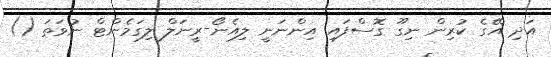
އަދި އޭގެ ކުރިން ނިގޫ ގޮސްފައި އިންނަނީ ލިއެނޯ-ރީނަލް ލިގަމެންޓް ނުވަތަ ()